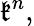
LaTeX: {\mathfrak{k}}^{n},